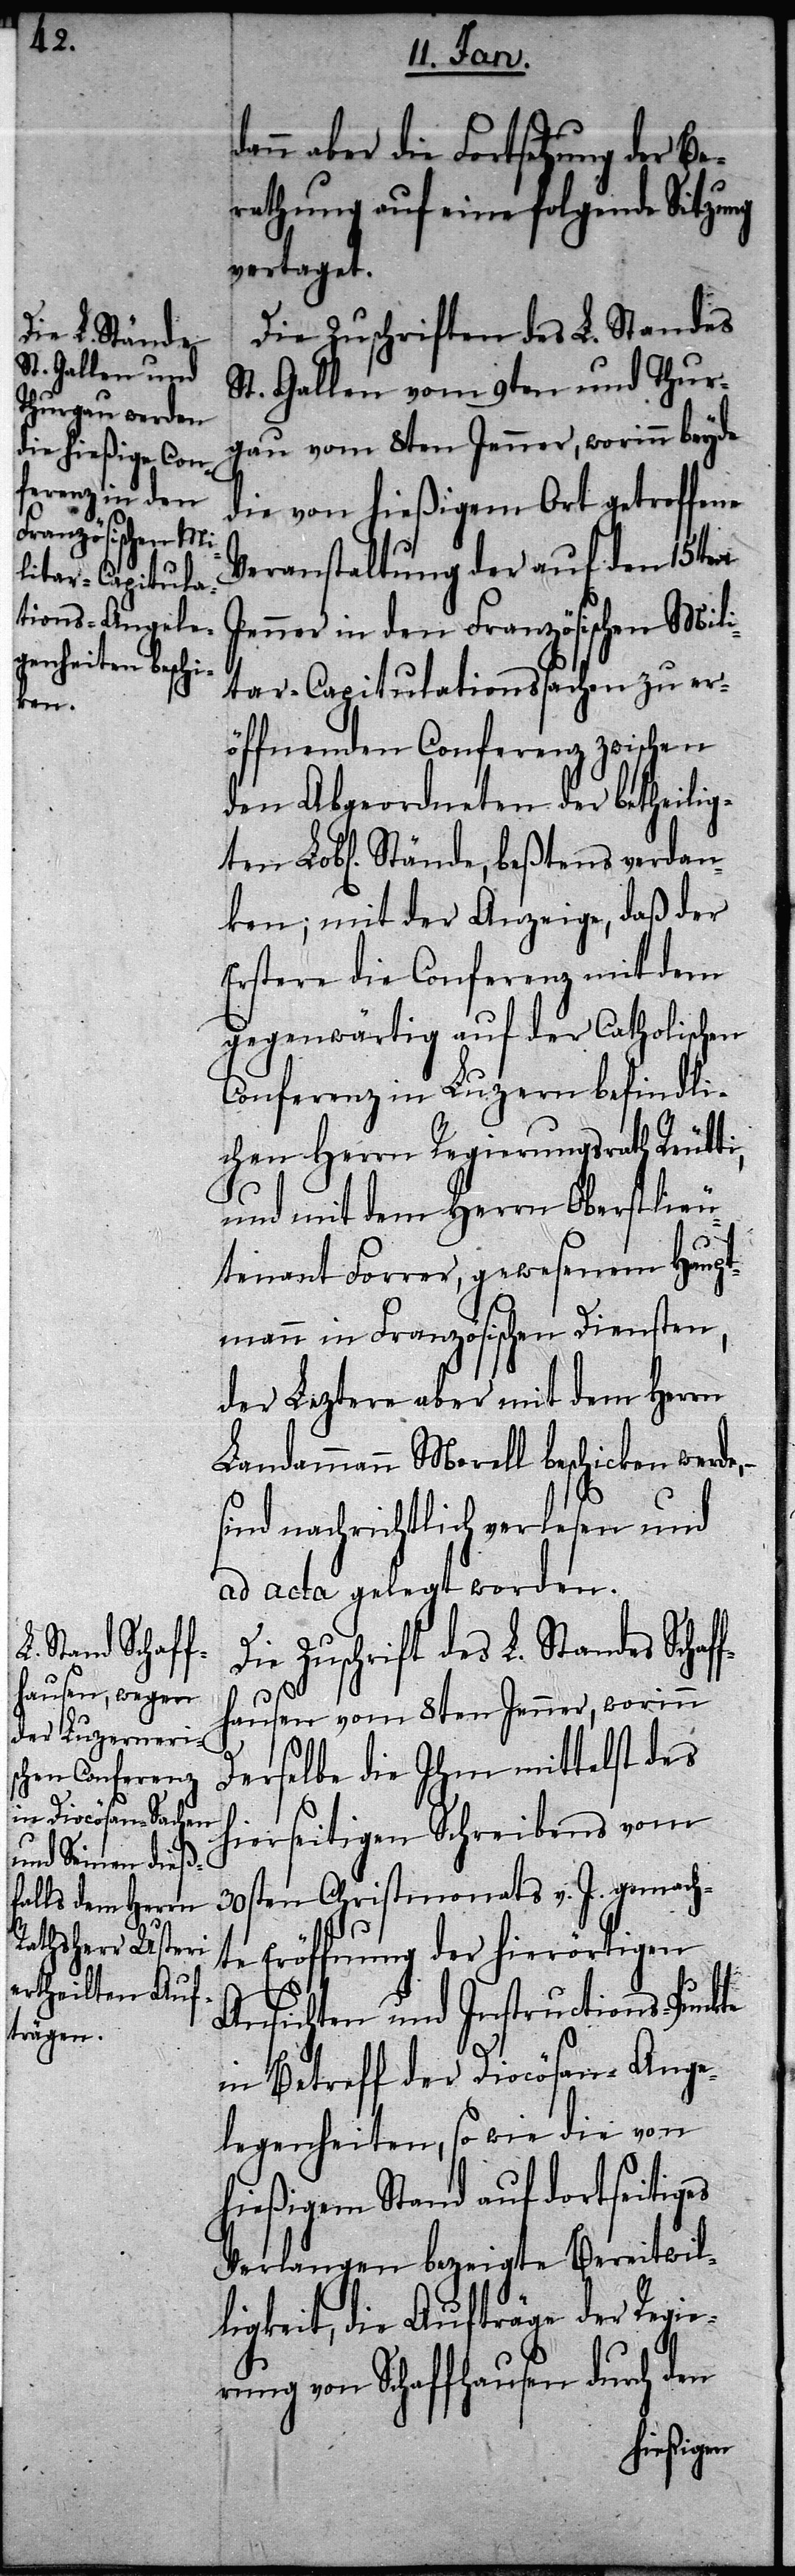
ti,

die Fortsetzung der Be¬
rathung auf eine folgende Sitzung
vertaget.
Die Zuschriften des L. Standes
St. Gallen vom 9ten und Thur¬
gau vom 8ten Jenner, worinn beyde
die von hießigem Ort getroffene
Veranstaltung der auf den 15ten
Jenner in den Französischen Mili¬
tar-Capitulationssachen zu er¬
öffnenden Conferenz zwischen
den Abgeordneten der betheilig¬
ken; mit der Anzeige, daß der
Erstere die Conferenz mit dem
gegenwärtig auf der Catholischen
Conferenz in Luzern befindli¬
chen Herrn Regierungsrath Reut¬
und mit dem Herrn Oberstlieu¬
tenant Forrer, gewesenem Haupt¬
mann in Französischen Diensten,
der Leztere aber mit dem Herrn
Landammann Morell beschicken werde,
sind nachrichtlich verlesen und
ad acta gelegt worden.
Die Zuschrift des L. Standes Schaf¬
fhausen vom 8ten Jenner, worinn
Derselbe die Ihm mittelst des
hierseitigen Schreibens vom
30sten Christmonats v. J. gemach¬
te Eröffnung der hierörtigen
Ansichten und Instructions-Punkte
in Betreff der Diocösan-Ange¬
legenheiten, so wie die von
hießigem Stand auf dortseitiges
Verlangen bezeigte Bereitwil¬
ligkeit, die Aufträge der Regie¬
rung von Schaffhausen durch den